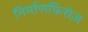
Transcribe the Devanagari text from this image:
निर्माणफ़िरोज़